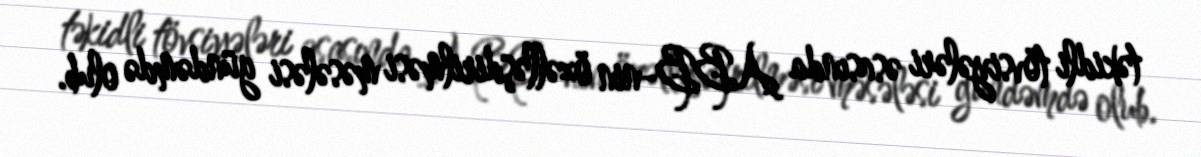
təkidli tövsiyələri əsasında ABB-nin özəlləşdirilməsi məsələsi gündəmdə olub.